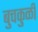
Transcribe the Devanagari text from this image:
बुचकुळी